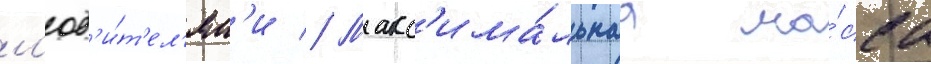
л'юб'и́т'ел'ям'и // Макс'има́льнаа ма́сса